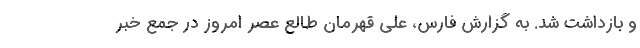
و بازداشت شد. به گزارش فارس، علی قهرمان طالع عصر امروز در جمع خبر